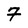
Character: 7